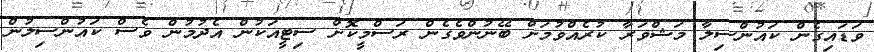
ވަޑައިގެން ކައުންސިލާ މަޝްވަރާ ކުރެއްވުމަށް ބޭނުންވެގެން ރަސްމީކޮށް ސިޓީއަކުން އެދުމުން ވެސް ކައުންސިލުން